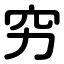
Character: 穷